Vaccination report Assam 1896-1927 - 1896-1927
Year: 1896
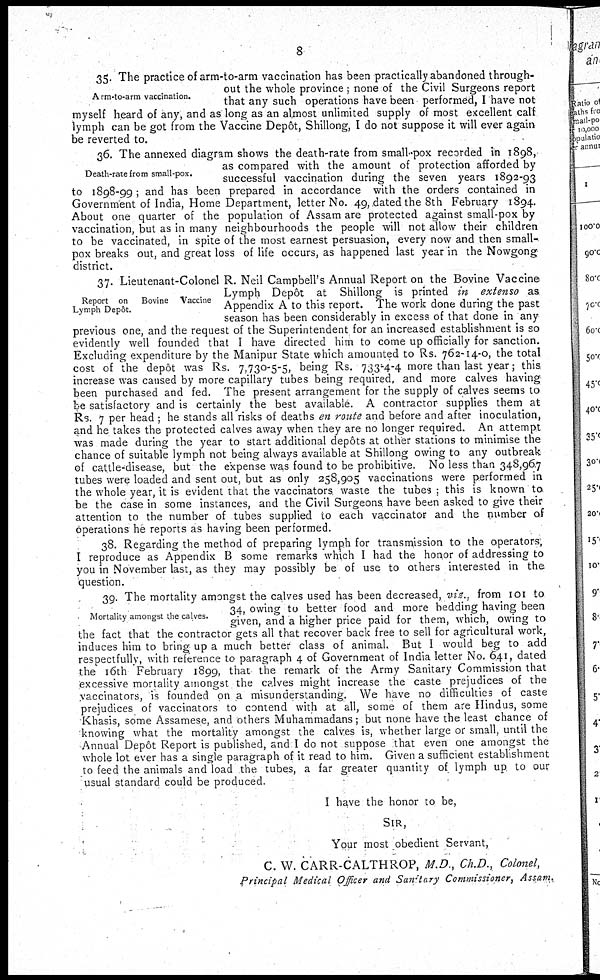
8
Arm-to-arm vaccination.
35. The practice of arm-to-arm vaccination has been practically abandoned through-
out the whole province; none of the Civil Surgeons report
that any such operations have been performed, I have not
myself heard of any, and as long as an almost unlimited supply of most excellent calf
lymph can be got from the Vaccine Depôt, Shillong, I do not suppose it will ever again
be reverted to.
Death-rate from small-pox.
36. The annexed diagram shows the death-rate from small-pox recorded in 1898,
as compared with the amount of protection afforded by
successful vaccination during the seven years 1892-93
to 1898-99; and has been prepared in accordance with the orders contained in
Government of India, Home Department, letter No. 49, dated the 8th February 1894.
About one quarter of the population of Assam are protected against small-pox by
vaccination, but as in many neighbourhoods the people will not allow their children
to be vaccinated, in spite of the most earnest persuasion, every now and then small-
pox breaks out, and great loss of life occurs, as happened last year in the Nowgong
district.
Report on Bovine Vaccine
Lymph Depôt.
37. Lieutenant-Colonel R. Neil Campbell's Annual Report on the Bovine Vaccine
Lymph Depôt at Shillong is printed in extenso as
Appendix A to this report. The work done during the past
season has been considerably in excess of that done in any
previous one, and the request of the Superintendent for an increased establishment is so
evidently well founded that I have directed him to come up officially for sanction.
Excluding expenditure by the Manipur State which amounted to Rs. 762-14-0, the total
cost of the depôt was Rs. 7,730-5-5, being Rs. 733-4-4 more than last year; this
increase was caused by more capillary tubes being required, and more calves having
been purchased and fed. The present arrangement for the supply of calves seems to
be satisfactory and is certainly the best available. A contractor supplies them at
Rs. 7 per head ; he stands all risks of deaths en route and before and after inoculation,
and he takes the protected calves away when they are no longer required. An attempt
was made during the year to start additional depôts at other stations to minimise the
chance of suitable lymph not being always available at Shillong owing to any outbreak
of cattle-disease, but the expense was found to be prohibitive. No less than 348,967
tubes were loaded and sent out, but as only 258,905 vaccinations were performed in
the whole year, it is evident that the vaccinators waste the tubes; this is known to
be the case in some instances, and the Civil Surgeons have been asked to give their
attention to the number of tubes supplied to each vaccinator and the number of
operations he reports as having been performed.
38. Regarding the method of preparing lymph for transmission to the operators,
I reproduce as Appendix B some remarks which I had the honor of addressing to
you in November last, as they may possibly be of use to others interested in the
question.
Mortality amongst the calves.
39. The mortality amongst the calves used has been decreased, viz., from 101 to
34, owing to better food and more bedding having been
given, and a higher price paid for them, which, owing to
the fact that the contractor gets all that recover back free to sell for agricultural work,
induces him to bring up a much better class of animal. But I would beg to add
respectfully, with reference to paragraph 4 of Government of India letter No. 641, dated
the 16th February 1899, that the remark of the Army Sanitary Commission that
excessive mortality amongst the calves might increase the caste prejudices of the
vaccinators, is founded on a misunderstanding. We have no difficulties of caste
prejudices of vaccinators to contend with at all, some of them are Hindus, some
Khasis, some Assamese, and others Muhammadans; but none have the least chance of
knowing what the mortality amongst the calves is, whether large or small, until the
Annual Depôt Report is published, and I do not suppose that even one amongst the
whole lot ever has a single paragraph of it read to him. Given a sufficient establishment
to feed the animals and load the tubes, a far greater quantity of lymph up, to our
usual standard could be produced.
I have the honor to be,
SIR,
Your most obedient Servant,
C. W. CARR-CALTHROP, M.D., Ch.D., Colonel,
Principal Medical Officer and Sanitary Commissioner, Assam.